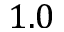
1 . 0